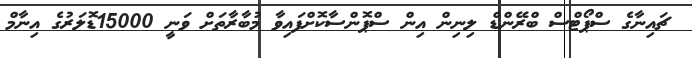
ޗައިނާގެ ސްޕޯޓްސް ބްރޭންޑް ލިނިން އިން ސްޕޮންސާކޮށްފައިވާ މުބާރާތަށް ވަނީ 15000ޑޮލަރުގެ އިނާމް